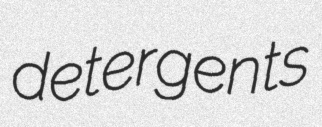
detergents